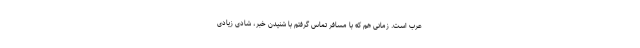
عرب است. زمانی هم که با مسافر تماس گرفتم با شنیدن خبر، شادی زیادی